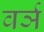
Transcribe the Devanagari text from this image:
वर्ञ